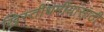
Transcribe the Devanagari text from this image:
ख्रिस्तीधर्मीयांसाठी